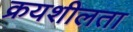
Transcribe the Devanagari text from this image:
क्रयशीलता